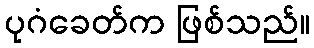
ပုဂံခေတ်က ဖြစ်သည်။